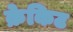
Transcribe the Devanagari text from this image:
क्रेकिट